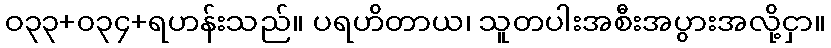
ဝ၃၃+၀၃၄+ရဟန်းသည်။ ပရဟိတာယ၊ သူတပါးအစီးအပွားအလို့ငှာ။